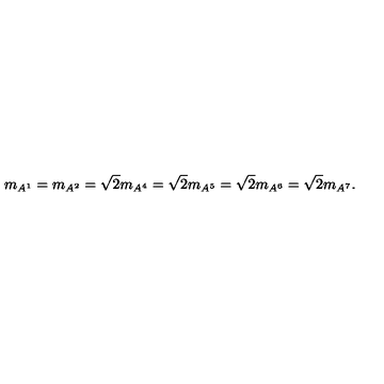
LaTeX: m _ { A ^ { 1 } } = m _ { A ^ { 2 } } = \sqrt { 2 } m _ { A ^ { 4 } } = \sqrt { 2 } m _ { A ^ { 5 } } = \sqrt { 2 } m _ { A ^ { 6 } } = \sqrt { 2 } m _ { A ^ { 7 } } .